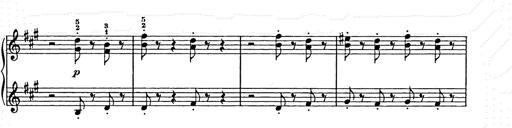
Title: Weihnachtsbaum
Composer: Franz Liszt